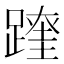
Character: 𨅆